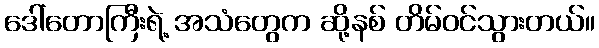
ဒေါ်တောကြီးရဲ့ အသံတွေက ဆို့နစ် တိမ်ဝင်သွားတယ်။